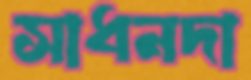
সাধনদা